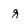
Character: g